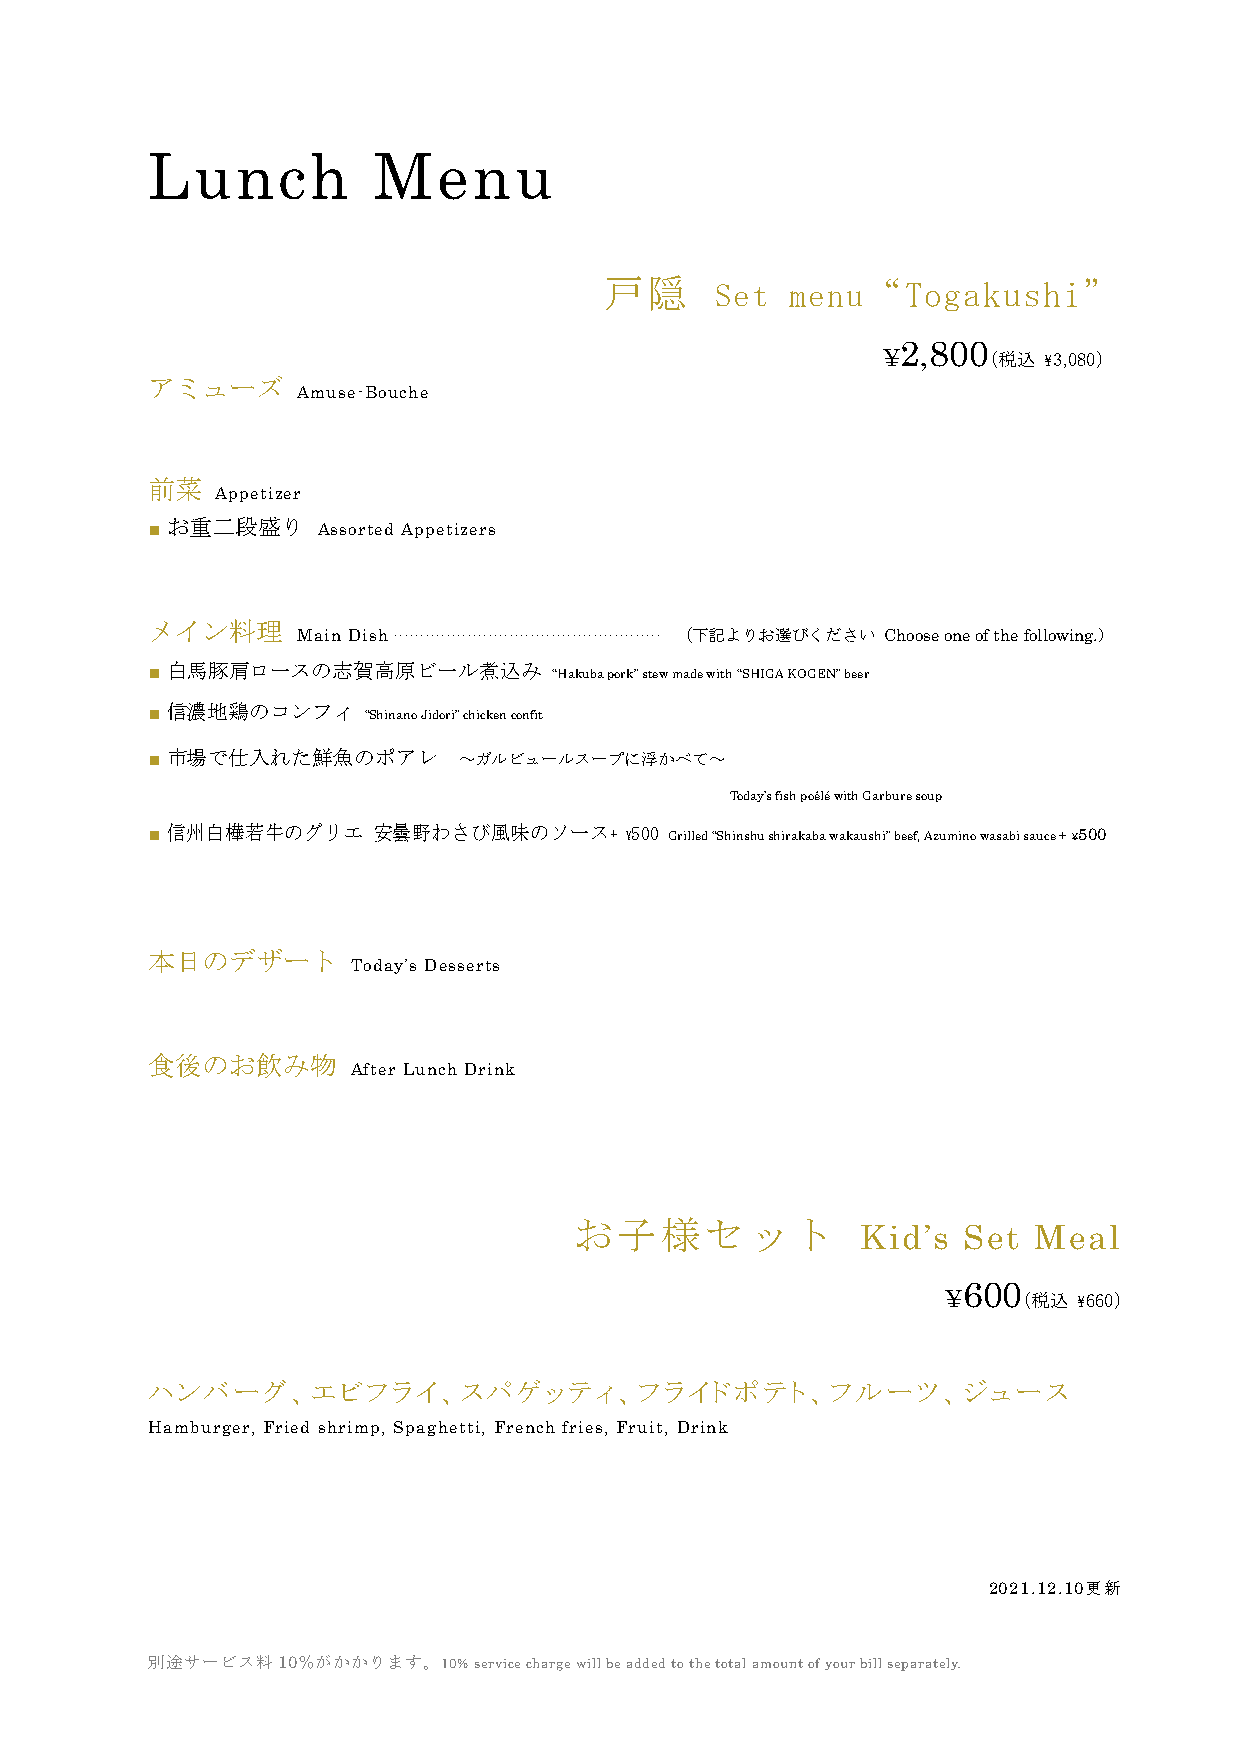
Lunch          Menu
 戸隠     Set  menu“Togakushi”
 2,800
 ¥      （税込 ¥3,080）
 アミューズ
 Amuse-Bouche
 前菜
 Appetizer
 お重二段盛り
 ■          Assorted Appetizers
 メイン料理
 Main Dish ................................................... （下記よりお選びください Choose one of the following.）
 白馬豚肩ロースの志賀高原ビール煮込み
 ■                          “Hakuba pork” stew made with “SHIGA KOGEN” beer
 信濃地鶏のコンフィ
 ■             “Shinano Jidori” chicken confit
 ■ 市場で仕入れた鮮魚のポアレ     ～ガルビュールスープに浮かべて～
 Today’s fish poêlé with Garbure soup
 ■ 信州白樺若牛のグリエ   安曇野わさび風味のソース+   ¥500 Grilled “Shinshu shirakaba wakaushi” beef, Azumino wasabi sauce + ¥500
 本日のデザート
 Today’s Desserts
 食後のお飲み物
 After Lunch Drink
 お子様セット
 Kid’s  Set Meal
 600
 ¥    （税込 ¥660）
 ハンバーグ、エビフライ、スパゲッティ、フライドポテト、フルーツ、ジュース
 Hamburger, Fried shrimp, Spaghetti, French fries, Fruit, Drink
 2021.12.10更新
 別途サービス料10％がかかります。10% service charge will be added to the total amount of your bill separately.